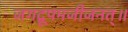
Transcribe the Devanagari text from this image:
जगद्रूपमजीजनत्॥